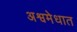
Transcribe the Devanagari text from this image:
अश्वमेधात